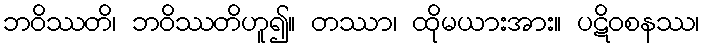
ဘဝိဿတိ၊ ဘဝိဿတိဟူ၍။ တဿာ၊ ထိုမယားအား။ ပဋိဝစနဿ၊